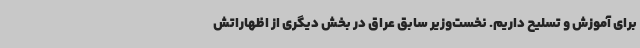
برای آموزش و تسلیح داریم. نخست‌وزیر سابق عراق در بخش دیگری از اظهاراتش